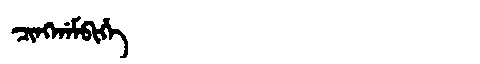
Manchu: ᠴᡳᠩᡤᠠᠮᠪᡳᡥᡝ
Romanization: CINGGAMBIHE